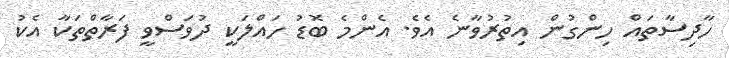
ހާދިސާތައް ހިންގުން އިތުރުވާނެ އެވެ. އެންމެ ބޮޑު ހައްލަކީ ދުވަސްވީ ފަރާތްތަކާ އެކު